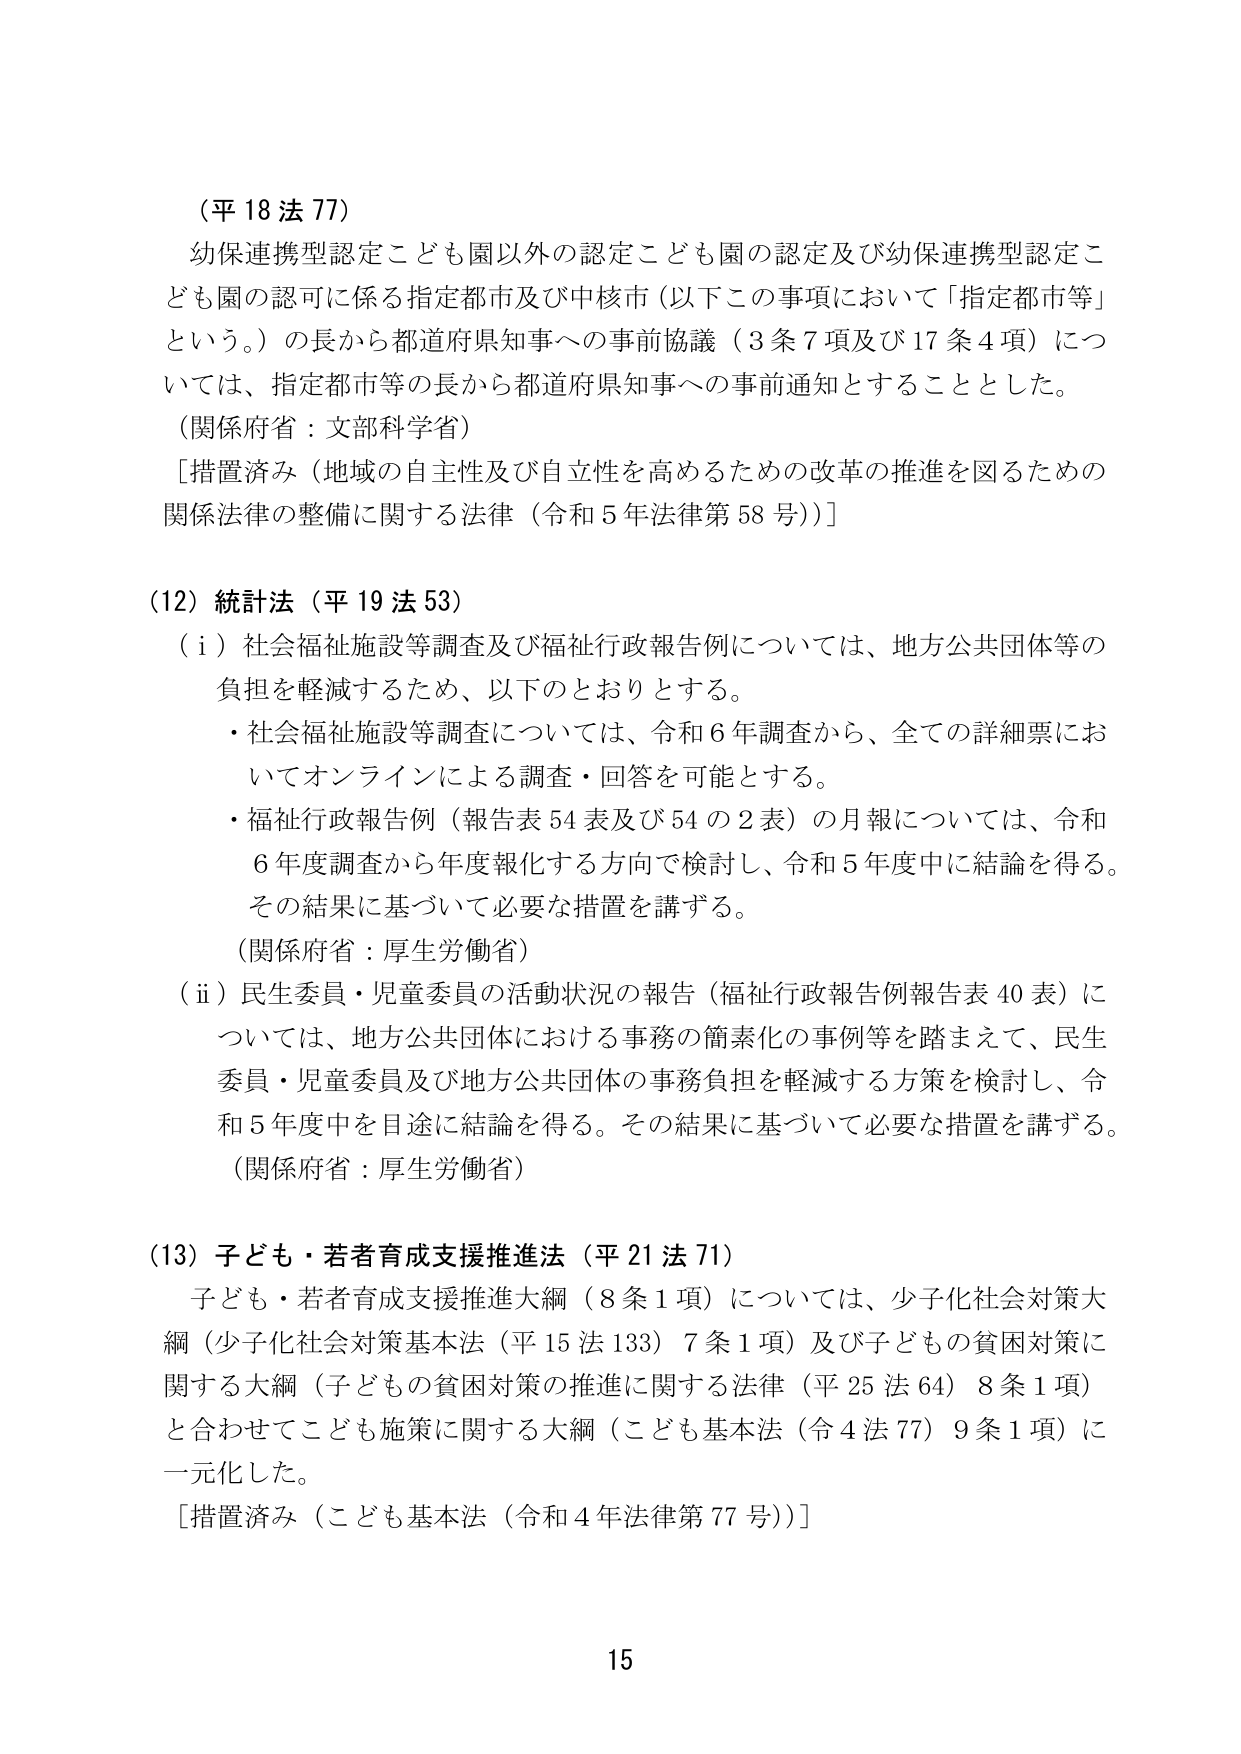
（平18法77）
幼保連携型認定こども園以外の認定こども園の認定及び幼保連携型認定こども園の認可に係る指定都市及び中核市（以下この事項において「指定都市等」という。）の長から都道府県知事への事前協議（3条7項及び17条4項）については、指定都市等の長から都道府県知事への事前通知とすることとした。
（関係府省：文部科学省）
［措置済み（地域の自主性及び自立性を高めるための改革の推進を図るための関係法律の整備に関する法律（令和5年法律第58号））］

（12）統計法（平19法53）
（i）社会福祉施設等調査及び福祉行政報告例については、地方公共団体等の負担を軽減するため、以下のとおりとする。
・社会福祉施設等調査については、令和6年調査から、全ての詳細票においてオンラインによる調査・回答を可能とする。
・福祉行政報告例（報告表54表及び54の2表）の月報については、令和6年度調査から年度報化する方向で検討し、令和5年度中に結論を得る。その結果に基づいて必要な措置を講ずる。
（関係府省：厚生労働省）
（ii）民生委員・児童委員の活動状況の報告（福祉行政報告例報告表40表）については、地方公共団体における事務の簡素化の事例等を踏まえて、民生委員・児童委員及び地方公共団体の事務負担を軽減する方策を検討し、令和5年度中を目途に結論を得る。その結果に基づいて必要な措置を講ずる。
（関係府省：厚生労働省）

（13）子ども・若者育成支援推進法（平21法71）
子ども・若者育成支援推進大綱（8条1項）については、少子化社会対策大綱（少子化社会対策基本法（平15法133）7条1項）及び子どもの貧困対策に関する大綱（子どもの貧困対策の推進に関する法律（平25法64）8条1項）と合わせてこども施策に関する大綱（こども基本法（令4法77）9条1項）に一元化した。
［措置済み（こども基本法（令和4年法律第77号））］

15